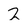
Character: 2